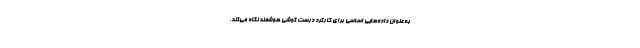
به‌عنوان داد‌ه‌هایی اساسی برای کارکرد درست گوشی هوشمند نگاه می‌کند.